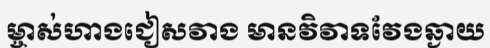
ម្ចាស់ហាងជៀសវាង មានវិវាទវែងឆ្ងាយ